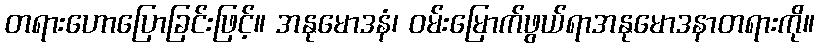
တရားဟောပြောခြင်းဖြင့်။ အနုမောဒနံ၊ ဝမ်းမြောက်ဖွယ်ရာအနုမောဒနာတရားကို။